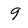
Character: 9